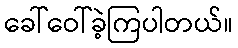
ခေါ်ဝေါ်ခဲ့ကြပါတယ်။